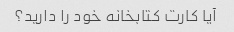
آیا کارت کتابخانه خود را دارید؟